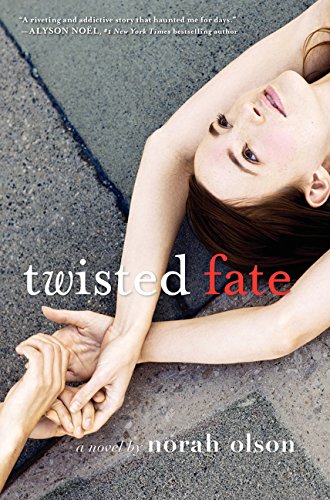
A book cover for Twisted Fate; Norah Olson; Teen & Young Adult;